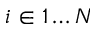
i \in 1 \dots N